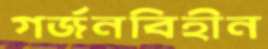
গর্জনবিহীন